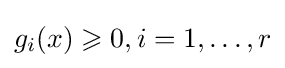
g_{i}(x)\geqslant 0,i=1,\ldots ,r